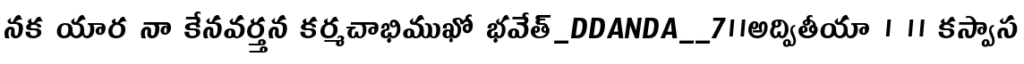
నక యార నా కేనవర్త్తన కర్మచాభిముఖో భవేత్_DDANDA__7॥అద్వితీయా । ॥ కస్వాస